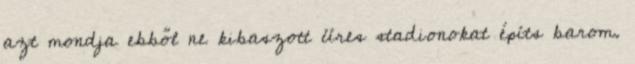
azt mondja ebből ne kibaszott üres stadionokat építs barom.